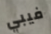
فيبي